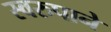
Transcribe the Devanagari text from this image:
स्वरुपाने